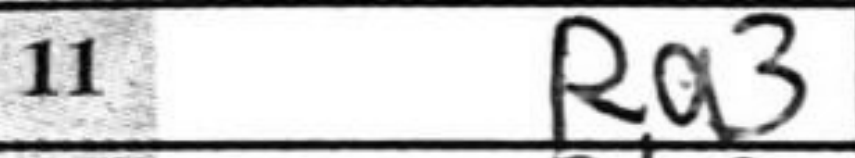
Transcription: Ra3